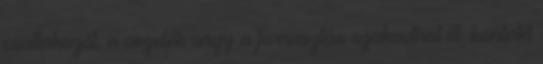
csatlakozót, a vezeték vagy a forrasztás szakadhat ill. kontakt